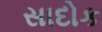
સાદોક